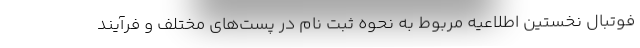
فوتبال نخستین اطلاعیه مربوط به نحوه ثبت نام در پست‌های مختلف و فرآیند